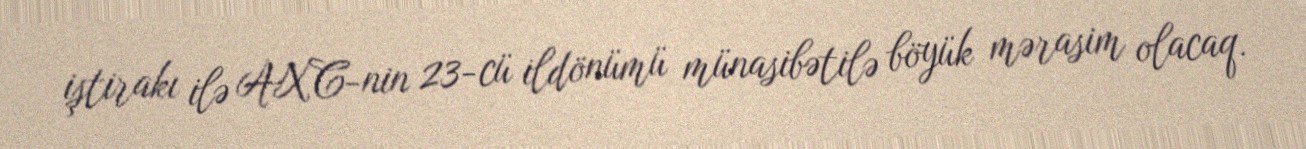
iştirakı ilə AXC-nin 23-cü ildönümü münasibətilə böyük mərasim olacaq.